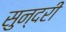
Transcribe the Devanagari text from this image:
सुन्‍दरी